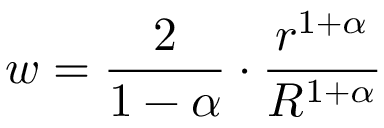
w = \frac { 2 } { 1 - \alpha } \cdot \frac { r ^ { 1 + \alpha } } { R ^ { 1 + \alpha } }